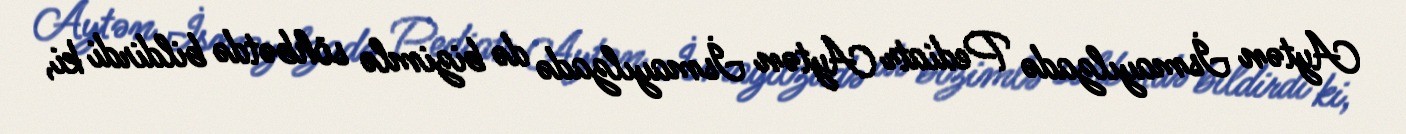
Aytən İsmayılzadə Pediatr Aytən İsmayılzadə də bizimlə söhbətdə bildirdi ki,